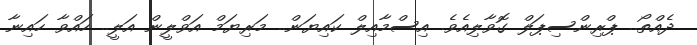
ދެއްތޯ.. ޕްރިންސިޕަލް ގޮވާލިއެވެ. އިސްމާއިލް ކައިޔަން.. މަރިޔަމް އަވްލީން އަލީ.. ހައްވާ ހައިނާ